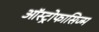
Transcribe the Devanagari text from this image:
ऑस्ट्रोफासिज्म